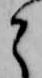
と